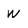
Character: w